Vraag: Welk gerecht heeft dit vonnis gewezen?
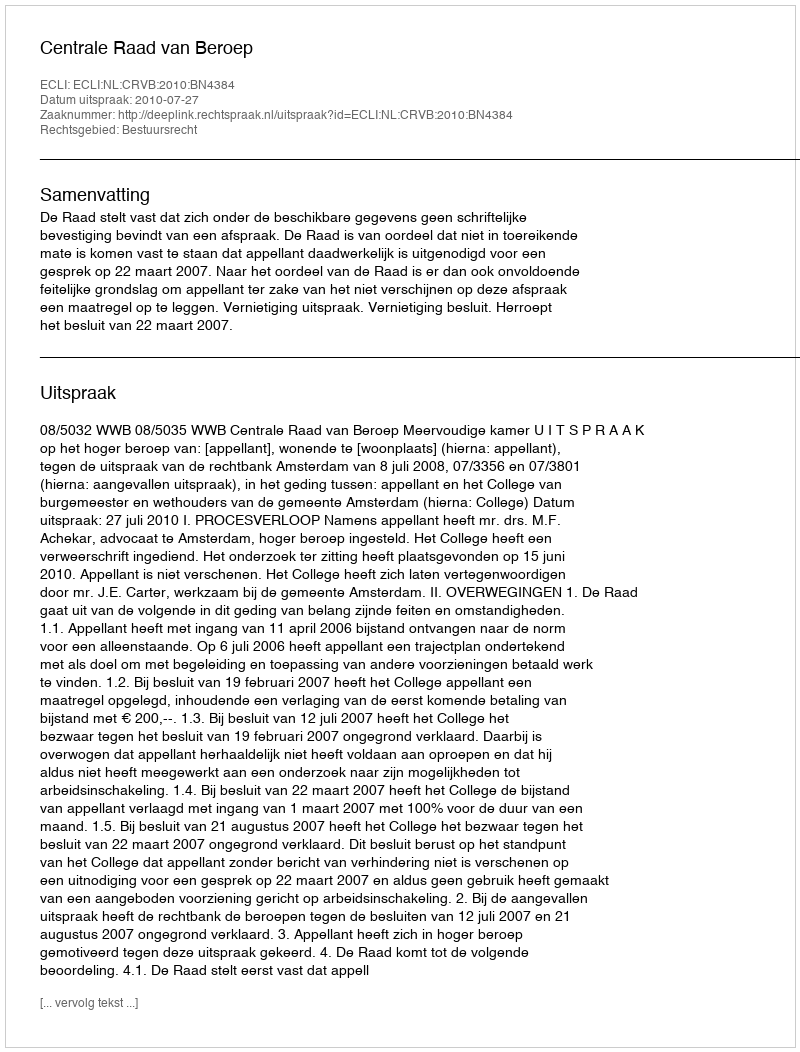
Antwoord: Centrale Raad van Beroep